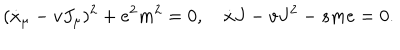
( \dot { x } _ { \mu } - v J _ { \mu } ) ^ { 2 } + e ^ { 2 } m ^ { 2 } = 0 , \quad \dot { x } J - v J ^ { 2 } - s m e = 0 .